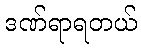
ဒဏ်ရာရတယ်